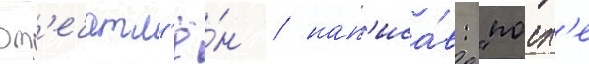
вп'ечатл'ё́н / нап'иса́в: "посл'е